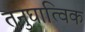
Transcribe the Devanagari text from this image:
तनुघात्विक